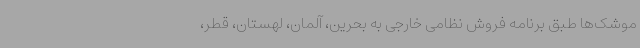
موشک‌ها طبق برنامه فروش نظامی خارجی به بحرین، آلمان، لهستان، قطر،